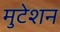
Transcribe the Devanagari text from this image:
मुटेशन